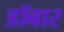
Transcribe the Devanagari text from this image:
डॉबार